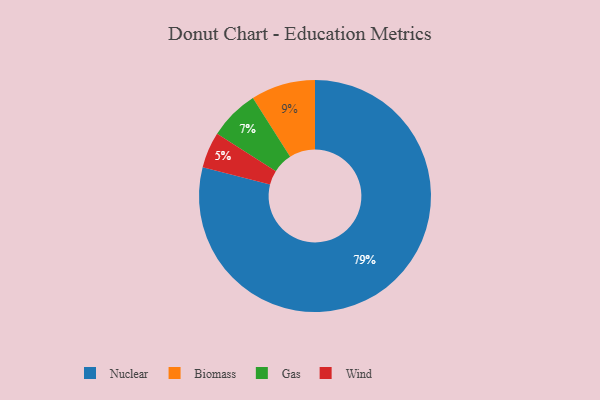
{"axis": {"x": "Category", "y": "Percentage"}, "legend": ["Biomass", "Gas", "Nuclear", "Wind"], "data": [{"x": "Biomass", "y": 9, "type": "Biomass"}, {"x": "Gas", "y": 7, "type": "Gas"}, {"x": "Nuclear", "y": 79, "type": "Nuclear"}, {"x": "Wind", "y": 5, "type": "Wind"}]}